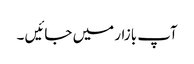
آپ بازار میں جائیں ۔